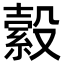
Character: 縠